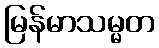
မြန်မာသမ္မတ